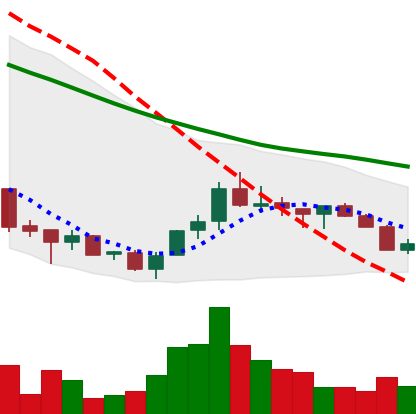
Ticker: ADA-USD
Chart end date: 2018-07-11
Forward return: 18.736%
Label: up_7plus